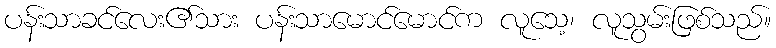
ပန်းသာခင်လေး၏သား ပန်းသာမောင်မောင်က လူသေ့၊ လူသွမ်းဖြစ်သည်။